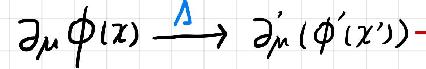
\(\partial_{\mu}\phi(x)\xrightarrow{\Lambda}\partial_{\mu}'(\phi'(x'))\)